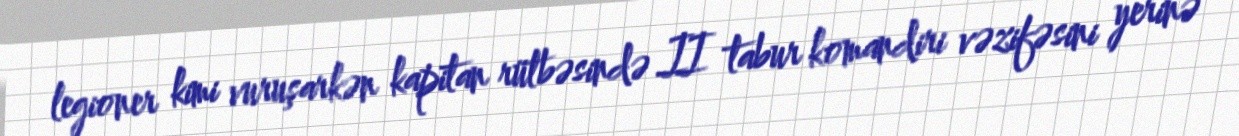
legioner kimi vuruşarkən kapitan rütbəsində II tabur komandiri vəzifəsini yerinə